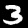
Label: 3